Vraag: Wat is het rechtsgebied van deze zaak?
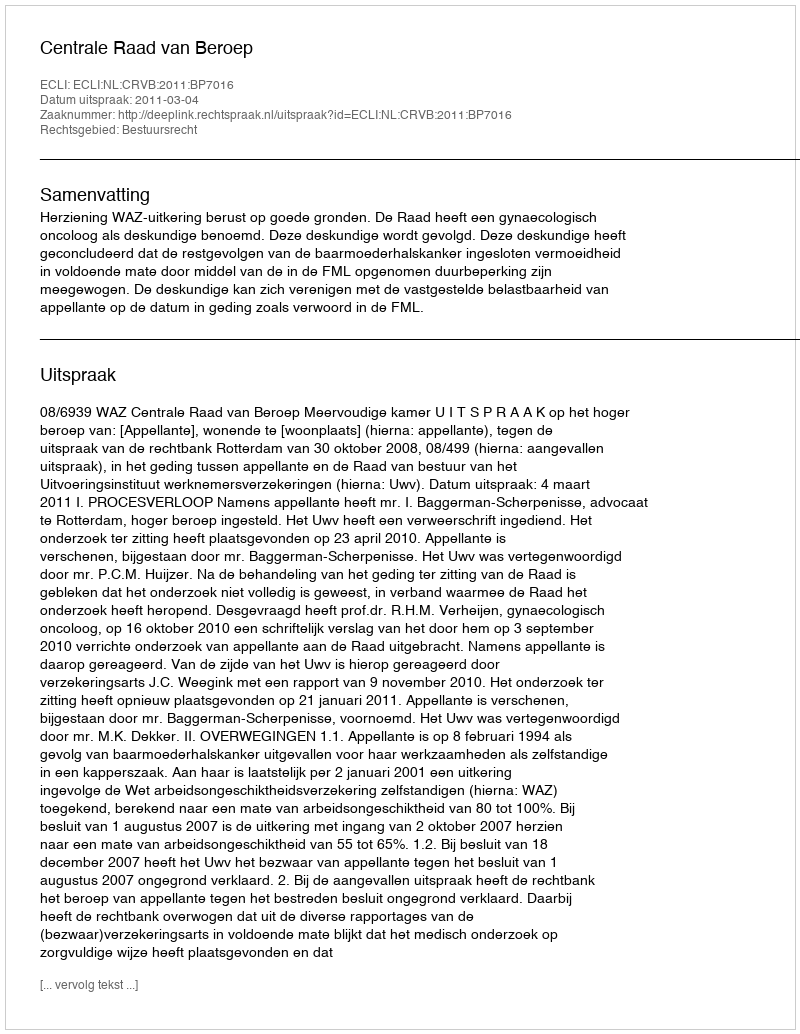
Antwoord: Bestuursrecht